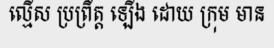
ល្មើស ប្រព្រឹត្ត ឡើង ដោយ ក្រុម មាន